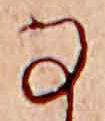
な